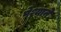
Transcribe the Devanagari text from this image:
पेश्याने